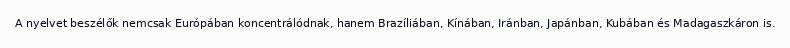
A nyelvet beszélők nemcsak Európában koncentrálódnak, hanem Brazíliában, Kínában, Iránban, Japánban, Kubában és Madagaszkáron is.